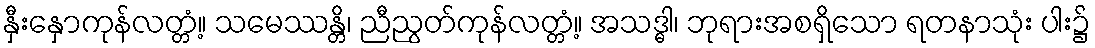
နှီးနှောကုန်လတ္တံ့။ သမေဿန္တိ၊ ညီညွတ်ကုန်လတ္တံ့။ အသဒ္ဓါ၊ ဘုရားအစရှိသော ရတနာသုံး ပါး၌